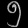
Digit: ၅